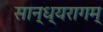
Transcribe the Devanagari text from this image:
सान्ध्यरागम्